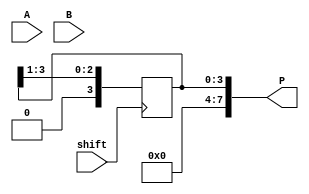
module booth_multiplier(
  input [3:0] A,
  input [3:0] B,
  input shift,
  output reg [7:0] P
);

reg [3:0] partial_product;

always @ (posedge shift) begin
  case ({A[0], B[0]})

    2'b01: begin // Add A to the partial product
      partial_product <= partial_product + A;
    end

    2'b10: begin // Subtract A from the partial product
      partial_product <= partial_product - A;
    end
    
    default: begin // No operation
      partial_product <= partial_product;
    end
  endcase
  
  // Shift the partial product right by 1 bit
  partial_product <= partial_product >> 1;
end

assign P = partial_product;

endmodule